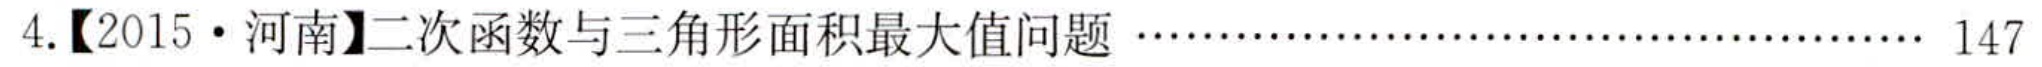
4.【2015·河南】二次函数与三角形面积最大值问题…… 147